system: You are a helpful assistant.
user:
Analyze the provided spectrum to determine if it is a **White Dwarf (WD)**.

A White Dwarf spectrum is defined by its **extreme purity** (due to gravitational settling) and/or **extreme pressure broadening** (due to high surface gravity). You must check for one of the following mutually exclusive signatures:

- **Key Visual Indicators (Check for ONE of these types):**

    - **1. DA-Type Signature (Most Common):**
        - **(Primary Feature):** Extreme pressure broadening (Stark broadening) of the **Hydrogen (H) Balmer lines**.
        - **(Key Lines):** $H\beta$ (approx. $4861$ Å) and $H\gamma$ (approx. $4340$ Å). $H\alpha$ (approx. $6563$ Å) will also be present if the wavelength range covers it.
        - **(Line Profile):** This is the **defining feature**. The lines are **NOT** sharp. They appear as massive, **extremely broad and deep "troughs" or "dips"** in the spectrum, often hundreds of Ångströms wide. The continuum will appear to "scoop" down at these wavelengths.
        - **(Distinction):** Normal A-type or B-type stars have *narrow* and *sharp* Hydrogen lines. A DA White Dwarf's lines are unmistakably "smeared" or "blurry" from pressure.

    - **2. DB-Type Signature:**
        - **(Primary Feature):** Broad absorption lines from **Neutral Helium (He I)**. The spectrum must lack any visible Hydrogen lines.
        - **(Key Lines):** Look for broad absorption near $4471$ Å, $4921$ Å, and $5876$ Å.
        - **(Line Profile):** These lines are also significantly pressure-broadened, appearing much wider than they would in a normal B-type main-sequence star.

    - **3. DC-Type Signature:**
        - **(Primary Feature):** A **featureless continuous spectrum**.
        - **(Line Profile):** The spectrum is a smooth curve with **no significant absorption or emission lines**.
        - **(Key Confirmation):** The continuum is almost always **blue or white**, indicating a hot object. This signature implies the atmosphere is so pure (or so cool) that no spectral lines are visible in the optical range. Its WD identity is confirmed by its extremely low intrinsic brightness (high absolute magnitude).

    - **4. DZ-Type Signature (Metal-Polluted):**
        - **(Primary Feature):** **Isolated, narrow metal absorption lines** on an otherwise featureless (DC-like) continuum.
        - **(Key Lines):** The **Calcium (Ca II) H & K doublet** (approx. **$3934$ Å** and **$3968$ Å**) is the most common and defining feature.
        - **(Line Profile):** These lines are "out of place." They are *not* part of a "forest" of thousands of lines. This signature is evidence of recent *accretion* (pollution) from rocky debris.
        - **(Distinction):** Normal G/K/M stars have a *dense forest* of thousands of metal lines. A DZ has a *clean* continuum with *only a few* strong metal lines.

    - **5. DQ-Type Signature (Carbon-Polluted):**
        - **(Primary Feature):** Absorption bands from **Carbon (C₂ "Swan Bands" or atomic C I)**.
        - **(Key Lines - C₂):** Look for bandheads with a "saw-tooth" shape near $5635$ Å, **$5165$ Å** (strongest), and $4737$ Å.
        - **(Key Confirmation):** The underlying **continuum must be blue or white** (hot).
        - **(Distinction):** This is the critical difference from a **Carbon Star**, which has the *exact same* C₂ bands but on an extremely **red, cool** continuum.

- **(Overall Spectrum):**
    - The continuum (overall shape) is typically **blue-sloping** (brighter in the blue than the red), as most white dwarfs are very hot.
    - The spectrum will look "pure" or "simple," dominated by only *one* of the five signatures listed above.

Think first, call **spectral_visualization_tool** if needed to examine features in detail, then provide your final answer. Your response must adhere to the following strict rules:
1.  **Overall Structure:** Your response must follow the format `<think>...</think> <tool_call>...</tool_call> (if a tool is used) <answer>...</answer>`.
2.  **Tool Usage Constraint:** You may only make **one** tool call per turn.
3.  **Final Answer Format:** In the `<answer>` tag, your conclusion must be inside a `\boxed{}` command (e.g., `\boxed{YES}` or `\boxed{NO}`), followed by your justification.

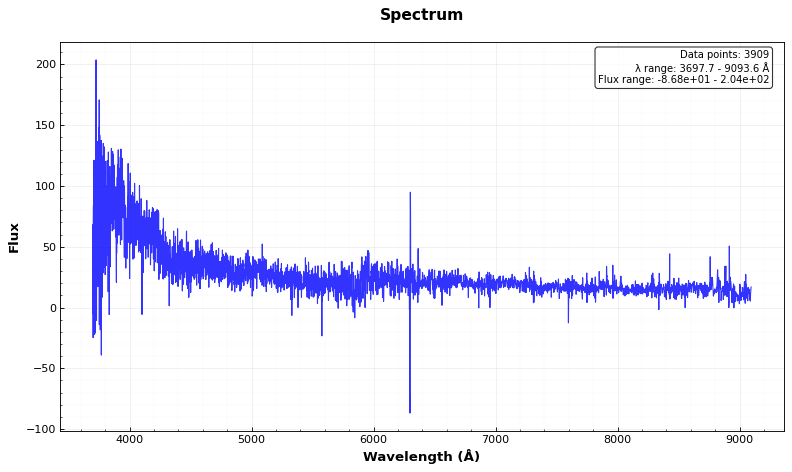
Answer: NO